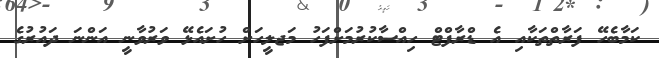
ކަމާބެހޭ ފަރާތްތަކާއި އެ ޑްރާފްޓް ހިއްސާކުރުމަށްފަހު މަޖލީހަށް ހުށައެޅޭ ވަރުވާނީ އަންނަ ދައުރުގެ